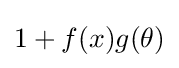
1+f(x)g(\theta )